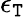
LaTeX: \epsilon_{\mathtt{T}}